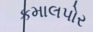
કમાલપોર